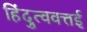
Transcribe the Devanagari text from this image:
हिंदुत्ववत्तई